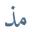
مذ